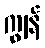
ကျွန်